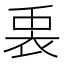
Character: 𮕵